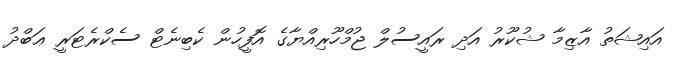
އައިޝަތު އާޒިމާ ޝުކޫރު އަދި ރައީސުލް ޖުމްހޫރިއްޔާގެ އޮފީހުން ކެބިނެޓް ސެކްރެޓަރީ ޢަބްދު